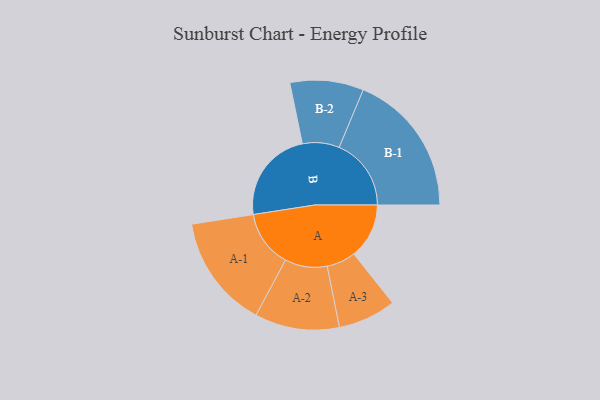
{"axis": {"x": "Segment", "y": "Value"}, "legend": ["", "A", "B"], "data": [{"x": "A", "y": 213, "type": ""}, {"x": "B", "y": 360, "type": ""}, {"x": "A-1", "y": 219, "type": "A"}, {"x": "A-2", "y": 163, "type": "A"}, {"x": "A-3", "y": 112, "type": "A"}, {"x": "B-1", "y": 278, "type": "B"}, {"x": "B-2", "y": 142, "type": "B"}]}